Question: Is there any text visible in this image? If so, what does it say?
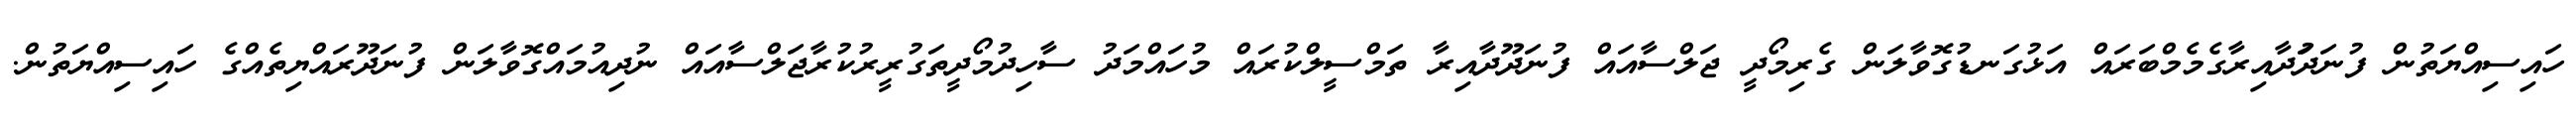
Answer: ހައިސިއްޔަތުން ފުނަދަުދާއިރާގެމެމްބަރައް އަޅުގަނޑުގޮވާލަން ގެރިމޯދީ ޖަލްސާއައް ފުނަދޫދާއިރާ ތަމްސީލްކުރައް މުހައްމަދު ސާހިދުމޯދީތަގުރީރުކުރާޖަލްސާއައް ނުދިއުމައްގޮވާލަން ފުނަދޫރައްޔިތެއްގެ ހައިސިއްޔަތުން.